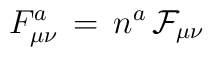
F^a_{\mu\nu} \, = \, n^a \, \mathcal{F}_{\mu\nu}